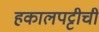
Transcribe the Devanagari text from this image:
हकालपट्टीची